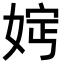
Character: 𡜷